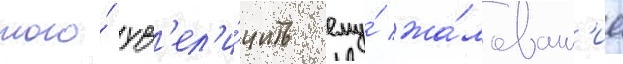
того́ ув'ел'и́чить ему́ жа́лован'ие